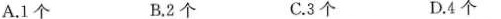
A.1 B.2个 C.3个 D.4个